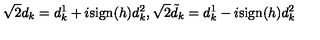
\sqrt { 2 } d _ { k } = d _ { k } ^ { 1 } + i \mathrm { s i g n } ( h ) d _ { k } ^ { 2 } , \sqrt { 2 } \tilde { d } _ { k } = d _ { k } ^ { 1 } - i \mathrm { s i g n } ( h ) d _ { k } ^ { 2 }